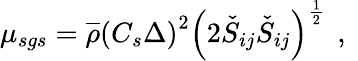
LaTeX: \mu_{sgs}=\overline{{\rho}}\left(C_{s}\Delta\right)^{2}\left(2\check{S}_{ij}\check{S}_{ij}\right)^{\frac{1}{2}}\, \mathrm{~,~}